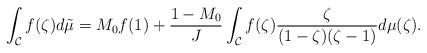
LaTeX: \begin{align*} \int_{\mathcal{C}} f(\zeta) d \tilde{\mu} = M_0 f(1) + \frac{1-M_0}{J} \int_{\mathcal{C}} f(\zeta) \frac{\zeta}{(1-\zeta)(\zeta-1)} d\mu(\zeta).\end{align*}